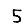
Digit: 5